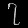
Digit: ၇